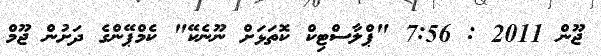
ޖޫން 2011 : 7:56 "ޕްލާސްޓިކް ކޮތަޅަށް ނޫނެކޭ" ކެމްޕޭންގެ ދަށުން ޖޫމް